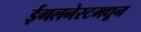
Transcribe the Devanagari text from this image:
ईगलनेस्टमधून